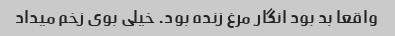
واقعا بد بود انگار مرغ زنده بود. خیلی بوی زخم میداد